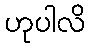
ဟုပါလိ